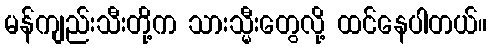
မန်ကျည်းသီးတို့က သားသ္မီးတွေလို့ ထင်နေပါတယ်။